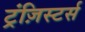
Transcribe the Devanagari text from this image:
ट्रंज़िस्टर्स